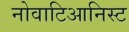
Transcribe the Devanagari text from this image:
नोवाटिआनिस्ट